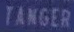
TANGER